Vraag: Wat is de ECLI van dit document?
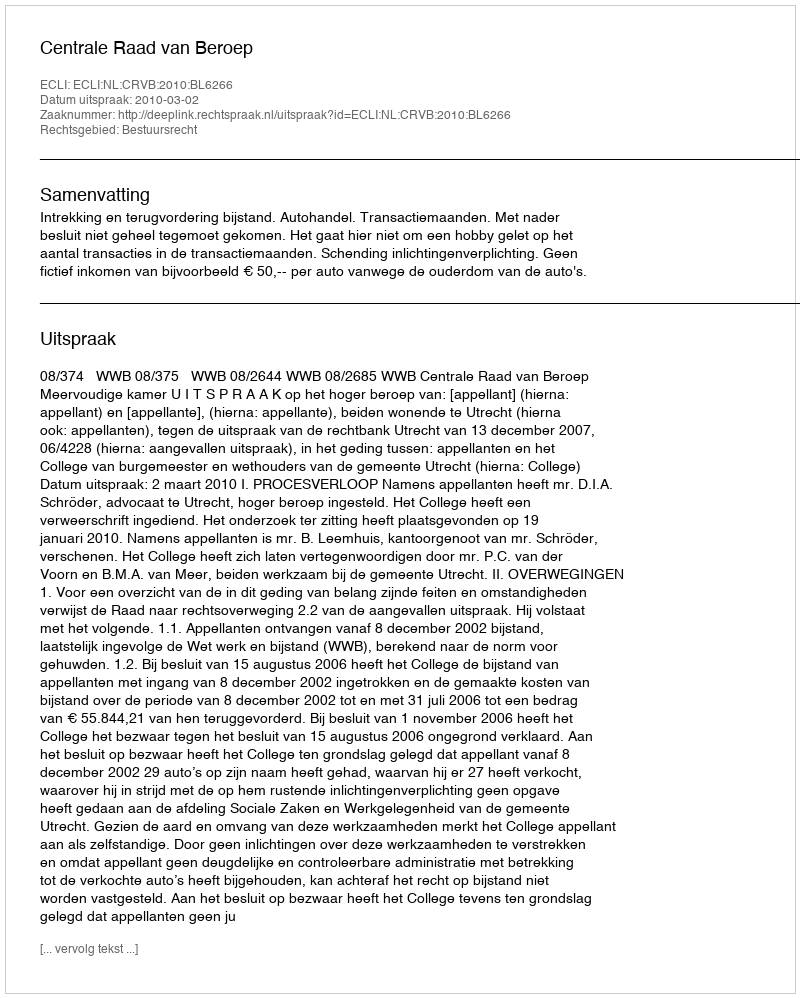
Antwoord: ECLI:NL:CRVB:2010:BL6266